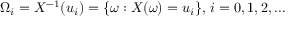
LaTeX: \Omega _ { i } = X ^ { - 1 } ( u _ { i } ) = \{ \omega : X ( \omega ) = u _ { i } \} , \, i = 0 , 1 , 2 , \dots